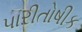
પારીતોષીક